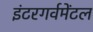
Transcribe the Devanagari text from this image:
इंटरगर्वमेंटल